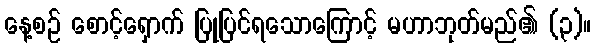
နေ့စဉ် စောင့်ရှောက် ပြုပြင်ရသောကြောင့် မဟာဘုတ်မည်၏ (၃)။